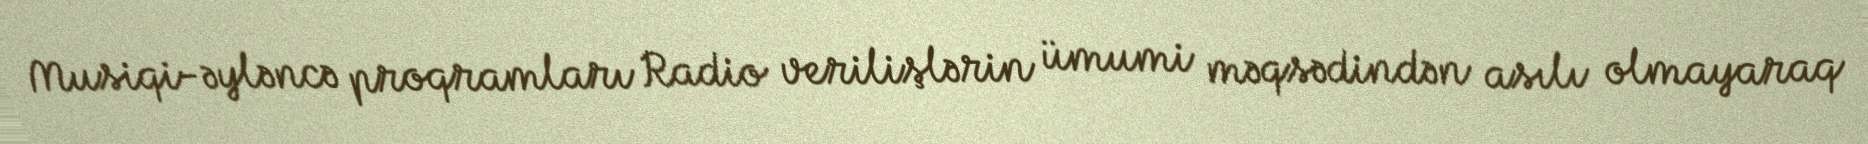
Musiqi-əyləncə proqramları Radio verilişlərin ümumi məqsədindən asılı olmayaraq